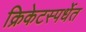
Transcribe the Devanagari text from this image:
क्रिकेटस्पर्धेत